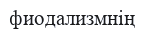
фиодализмнің